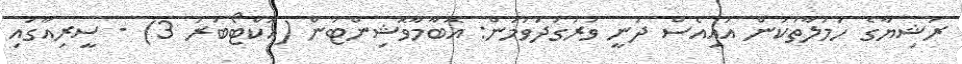
ރަޝިޔާގެ ހަމަލާތަކުން އައިއެެސް ދަނީ ވަރުގަދަވަމުން: އޮބާމާވޮޝިންޓަން (އޮކްޓޯބަރު 3) - ސީރިއާގައި